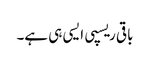
باقی ریسپی ایسی ہی ہے۔